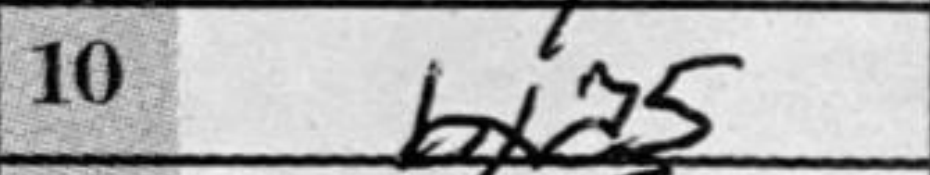
Transcription: bxa5